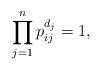
LaTeX: \begin{align*}\prod_{j=1}^n p_{ij}^{d_j}=1, {}\end{align*}